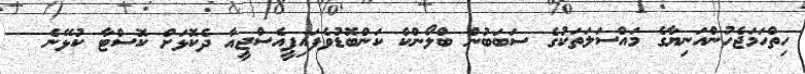
ހިތްހަމަޖެހުންއަނިޔާގެ މައްސަލަތަކުގެ ސަބަބުން ބްލޯންކް ކަންބޮޑުވެފައިޕީއެސްޖީއާ ދެކޮޅަށް ކޮސްޓާ ކުޅޭނެ